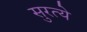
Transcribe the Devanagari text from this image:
सुरत्ये